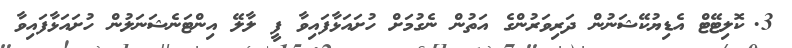
3.	ކޮލިޓޭޓް އެޑިޔުކޭޝަނުން ދަރިވަރުންގެ އަތުން ނެގުމަށް ހުށައަޅާފައިވާ ފީ ލާލޭ އިންޓަނެޝަނަލުން ހުށައަޅާފައިވާ